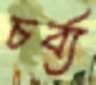
চর্ব্য